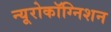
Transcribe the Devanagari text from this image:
न्यूरोकॉग्निशन